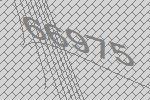
66975